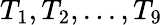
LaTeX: T_{\mathrm{1}},T_{\mathrm{2}},...,T_{\mathrm{9}}